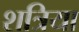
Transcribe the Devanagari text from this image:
शत्रिया